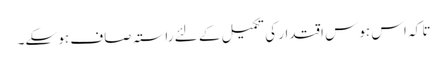
تا کہ اس ہوسِ اقتدار کی تکمیل کے لئے راستہ صاف ہو سکے۔